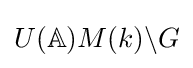
U(\mathbb {A} )M(k)\backslash G